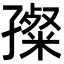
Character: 𡦞